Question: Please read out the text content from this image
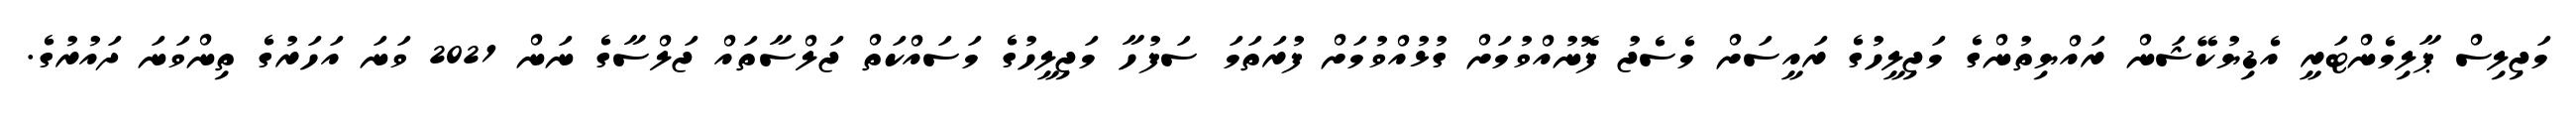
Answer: މަޖިލިސް ޕާލިމެންޓަރީ އެޑިޔުކޭޝަން ރައްޔިތުންގެ މަޖިލީހުގެ ރައީސަށް މެސެޖު ފޮނުއްވުމަށް ގުޅުއްވުމަށް ފުރަތަމަ ސަފުހާ މަޖިލީހުގެ މަސައްކަތް ޖަލްސާތައް ޖަލްސާގެ ނަން 2021 ވަނަ އަހަރުގެ ތިންވަނަ ދައުރުގެ.